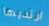
ارتديها